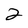
Character: 2